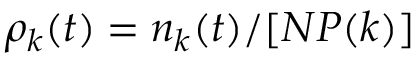
\rho _ { k } ( t ) = n _ { k } ( t ) / [ N P ( k ) ]